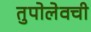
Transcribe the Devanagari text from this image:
तुपोलेवची